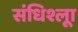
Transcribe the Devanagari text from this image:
संधिश्लूा